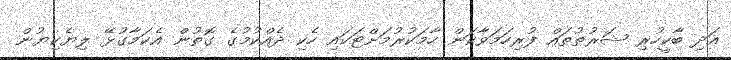
އަދި ބާކީހުރި ޝަރުޠުތައް ފުރިހަމަވާކަން ހާމަކުރުމަށްޓަކައި ހެކި ދެއްކުމުގެ ގޮތުން އެކަމާގުޅޭ ލިޔެކިޔުން